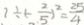
1 \div ( - \frac { 2 } { 5 } ) ^ { 2 } = \frac { 2 5 } { 4 }